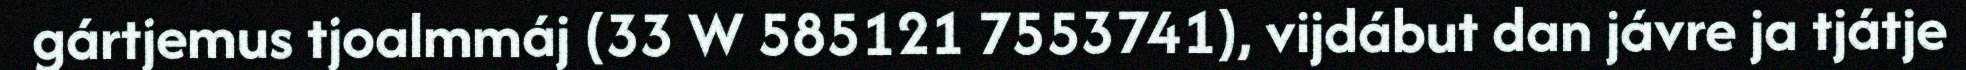
gártjemus tjoalmmáj (33 W 585121 7553741), vijdábut dan jávre ja tjátje